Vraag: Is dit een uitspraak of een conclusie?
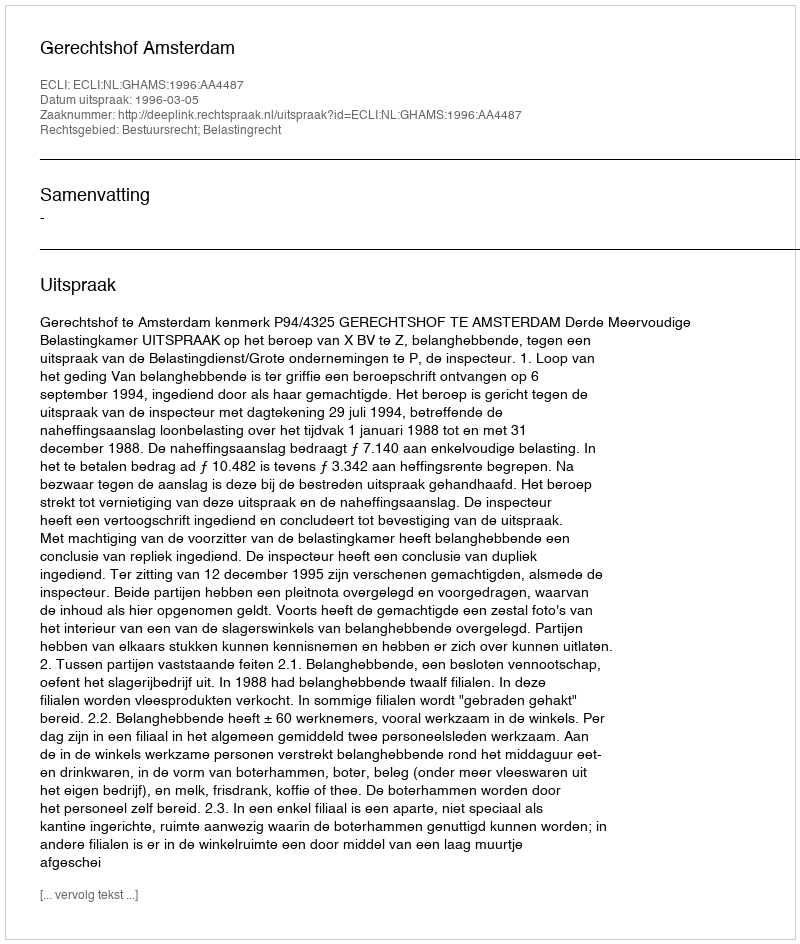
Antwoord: Uitspraak